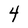
Character: 4